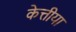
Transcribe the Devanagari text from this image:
केत्तीया